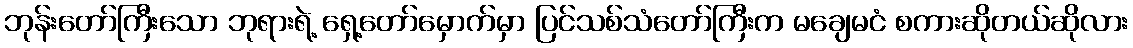
ဘုန်းတော်ကြီးသော ဘုရားရဲ့ ရှေ့တော်မှောက်မှာ ပြင်သစ်သံတော်ကြီးက မချေမငံ စကားဆိုတယ်ဆိုလား